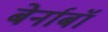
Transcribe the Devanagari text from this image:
बेर्नाबॉ